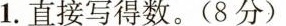
1.直接写得数。(8分)